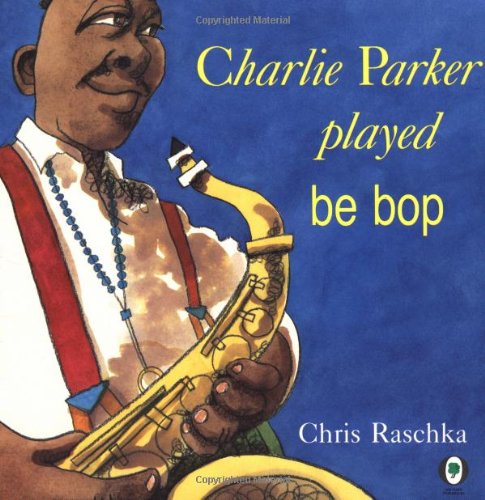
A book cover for Charlie Parker Played Be Bop; Christopher Raschka; Children's Books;